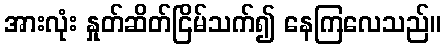
အားလုံး နှုတ်ဆိတ်ငြိမ်သက်၍ နေကြလေသည်။